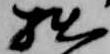
拙